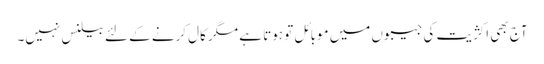
آج بھی اکژیت کی جیبوں میں موبائل تو ہوتا ہے مگر کال کرنے کے لئے بیلنس نہیں۔